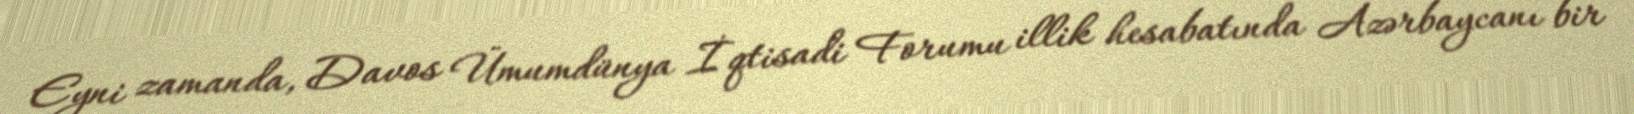
Eyni zamanda, Davos Ümumdünya İqtisadi Forumu illik hesabatında Azərbaycanı bir